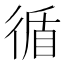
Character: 循